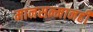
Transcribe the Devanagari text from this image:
मानसन्मानही